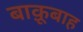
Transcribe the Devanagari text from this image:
बाक़ूबाह